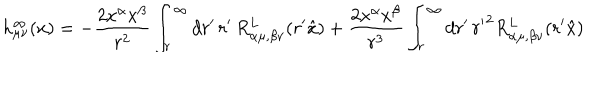
h _ { \mu \nu } ^ { \infty } ( x ) = - \frac { 2 x ^ { \alpha } x ^ { \beta } } { r ^ { 2 } } \int _ { r } ^ { \infty } d r ^ { \prime } \, r ^ { \prime } \, R _ { \alpha \mu , \beta \nu } ^ { L } ( r ^ { \prime } \hat { x } ) + \frac { 2 x ^ { \alpha } x ^ { \beta } } { r ^ { 3 } } \int _ { r } ^ { \infty } d r ^ { \prime } \, { r ^ { \prime } } ^ { 2 } R _ { \alpha \mu , \beta \nu } ^ { L } ( r ^ { \prime } \hat { x } )